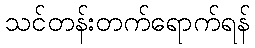
သင်တန်းတက်ရောက်ရန်